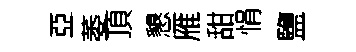
亞萎頂懇雁甜悁鹽